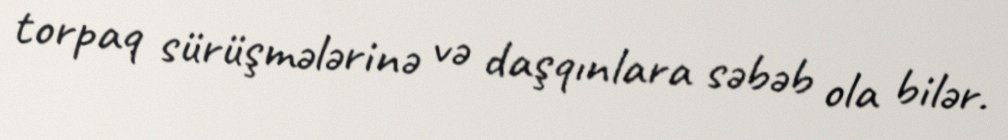
torpaq sürüşmələrinə və daşqınlara səbəb ola bilər.